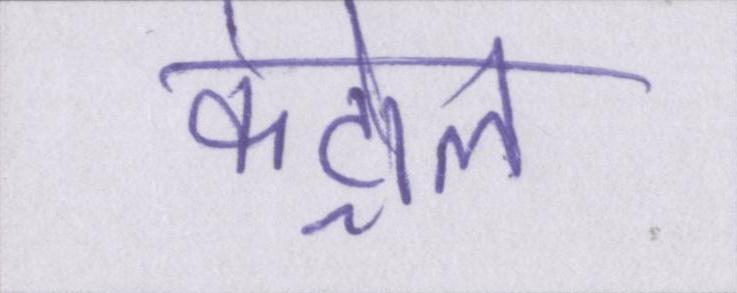
कंट्रोल